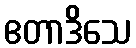
ဧတာဒိသေ